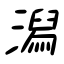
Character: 潟